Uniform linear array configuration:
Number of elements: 64
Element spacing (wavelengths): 0.75
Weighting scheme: uniform
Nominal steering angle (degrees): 30
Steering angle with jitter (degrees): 28.317
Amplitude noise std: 0.05
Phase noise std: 0.05

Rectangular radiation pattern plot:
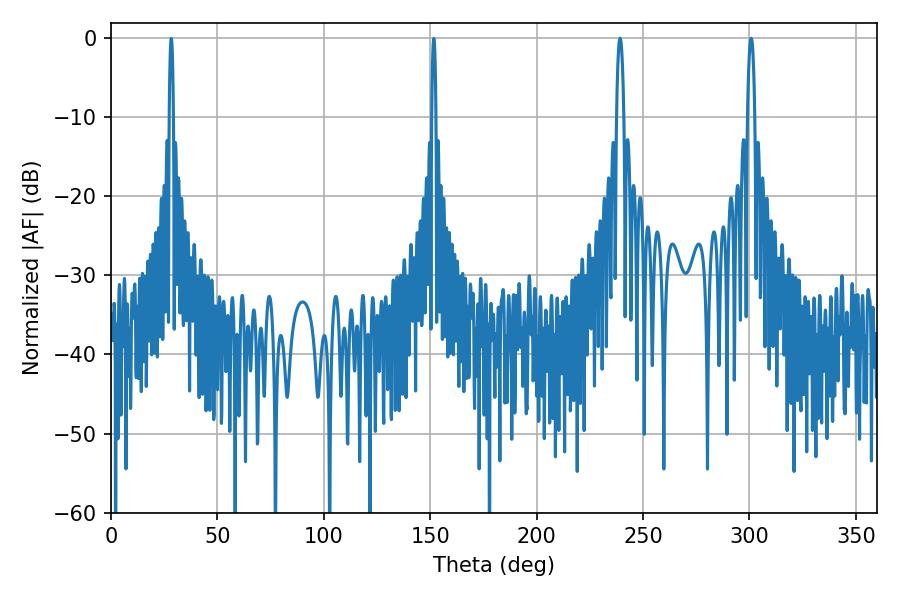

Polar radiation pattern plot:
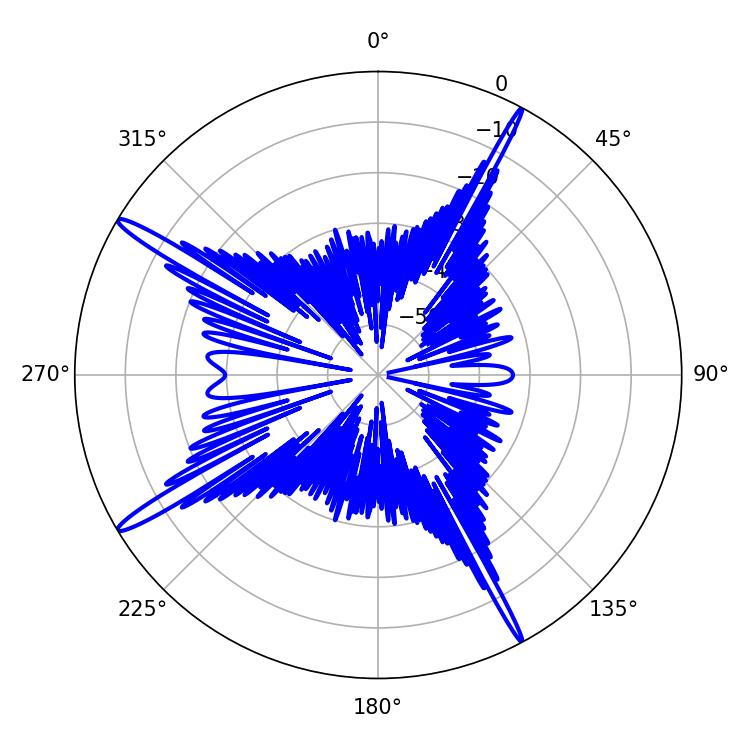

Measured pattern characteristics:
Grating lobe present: TRUE
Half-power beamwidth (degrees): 1.8
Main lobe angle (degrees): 300.78